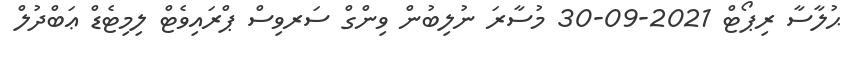
ޙުލާސާ ރިޕޯޓް 2021-09-30 މުސާރަ ނުލިބުން ވިންގް ސަރވިސް ޕްރައިވެޓް ލިމިޓެޑް ޢަބްދުލް